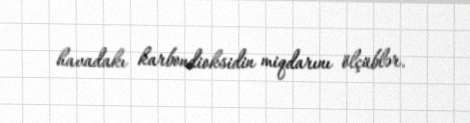
havadakı karbondioksidin miqdarını ölçüblər.